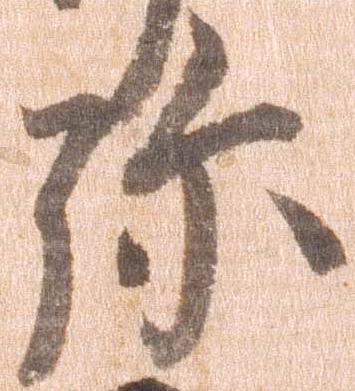
弥